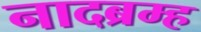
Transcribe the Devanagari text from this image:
नादब्रम्ह